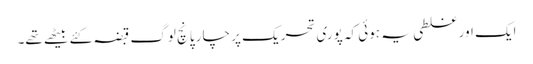
ایک اور غلطی یہ ہوئی کہ پوری تحریک پر چار پانچ لوگ قبضہ کئے بیٹھے تھے۔